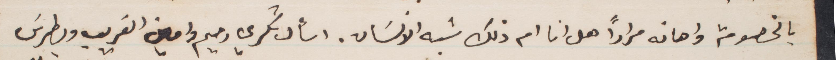
بالخصومة واهانه مرارًا هل انا ام ذلك شبه الانسان. اسأل شكري رحيم وامين الغريب وبطرس